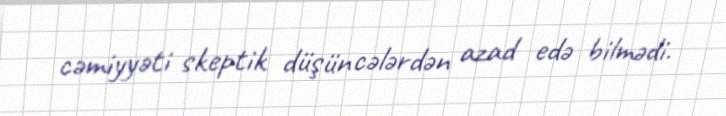
cəmiyyəti skeptik düşüncələrdən azad edə bilmədi.